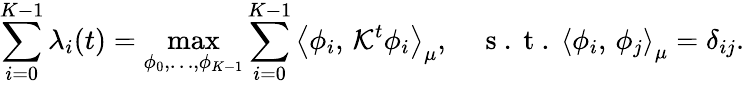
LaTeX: \sum_{i=0}^{K-1}\lambda_{i}(t)=\operatorname*{max}_{\phi_{0},\ldots,\phi_{K-1}}\sum_{i=0}^{K-1}\left\langle\phi_{i},\, \mathcal{K}^{t}\phi_{i}\right\rangle_{\mu},\quad\mathrm{~s~.~t~.~}\left\langle\phi_{i},\, \phi_{j}\right\rangle_{\mu}=\delta_{ij}.